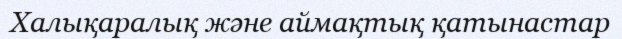
Халықаралық және аймақтық қатынастар